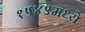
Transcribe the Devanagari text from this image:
१५४९मध्ये